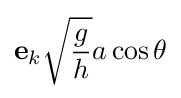
\mathbf {e} _{k}{\sqrt {\frac {g}{h}}}a\cos \theta